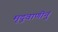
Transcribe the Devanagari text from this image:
मृदुवाणीनुं